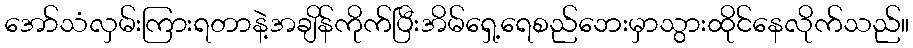
အော်သံလှမ်းကြားရတာနဲ့အချိန်ကိုက်ပြီးအိမ်ရှေ့ရေစည်ဘေးမှာသွားထိုင်နေလိုက်သည်။